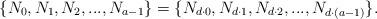
LaTeX: \begin{align*}\{N_0, N_1, N_2,..., N_{a-1}\}=\{N_{d\cdot 0}, N_{d\cdot 1}, N_{d\cdot 2},..., N_{d\cdot (a-1)}\}.\end{align*}